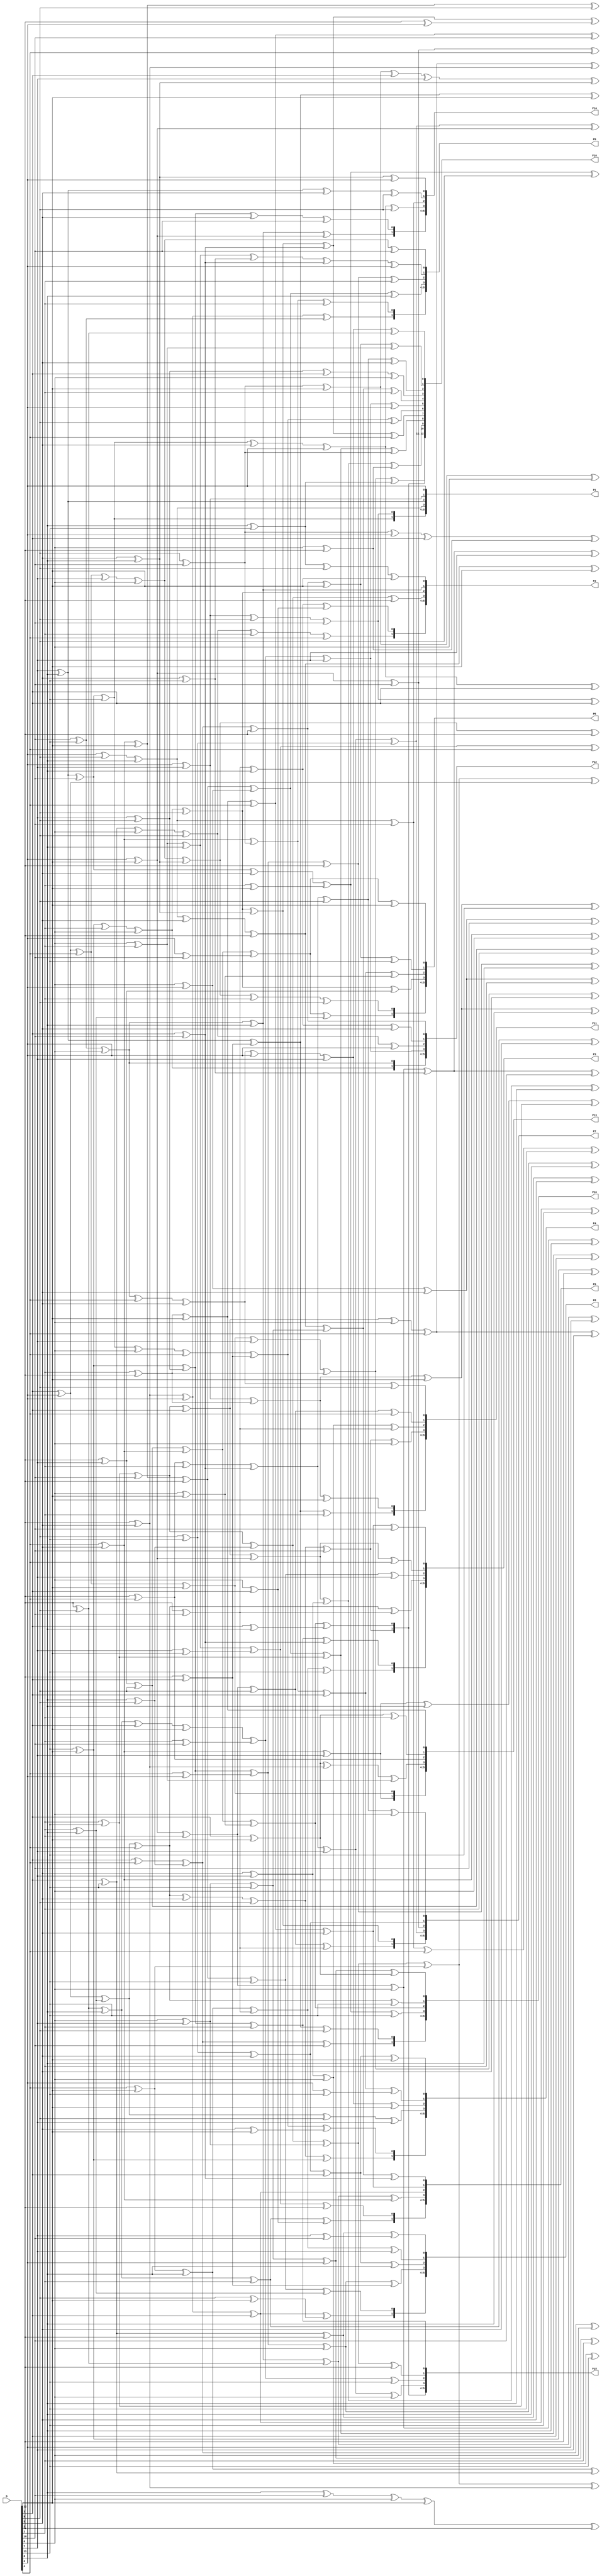
module multiplier_column7_p16(b,P1,P2,P3,P4,P5,P6,P7,P8,
                                P9,P10,P11,P12,P13,P14,P15,P16);

input [12:0]b;
output [12:0]P1,P2,P3,P4,P5,P6,P7,P8,P9,P10,P11,P12,P13,P14,P15,P16; 

//wire[415:0]P;

wire	[207:0]P;


wire BBM1,BBM2,BBM3,BBM4,BBM5,BBM6,BBM7,BBM8,BBM9,BBM10,
BBM11,BBM12,BBM13,BBM14,BBM15,BBM16,BBM17,BBM18,BBM19,BBM20,
BBM21,BBM22,BBM23,BBM24,BBM25,BBM26,BBM27,BBM28,BBM29,BBM30,
BBM31,BBM32,BBM33,BBM34,BBM35,BBM36,BBM37,BBM38,BBM39,BBM40,
BBM41,BBM42,BBM43,BBM44,BBM45,BBM46,BBM47,BBM48,BBM49,BBM50,
BBM51,BBM52,BBM53,BBM54,BBM55,BBM56,BBM57,BBM58,BBM59,BBM60,
BBM61,BBM62,BBM63,BBM64,BBM65,BBM66,BBM67,BBM68,BBM69,BBM70,
BBM71,BBM72,BBM73,BBM74,BBM75,BBM76,BBM77,BBM78,BBM79,BBM80,
BBM81,BBM82,BBM83,BBM84,BBM85,BBM86,BBM87,BBM88,BBM89,BBM90,
BBM91,BBM92,BBM93,BBM94,BBM95,BBM96,BBM97,BBM98,BBM99,BBM100,
BBM101,BBM102,BBM103,BBM104,BBM105,BBM106,BBM107,BBM108,BBM109,BBM110,
BBM111,BBM112,BBM113,BBM114,BBM115,BBM116,BBM117,BBM118,BBM119,BBM120,
BBM121,BBM122,BBM123,BBM124,BBM125,BBM126,BBM127,BBM128,BBM129,BBM130,
BBM131,BBM132,BBM133,BBM134,BBM135,BBM136,BBM137,BBM138,BBM139,BBM140,
BBM141,BBM142,BBM143,BBM144,BBM145,BBM146,BBM147,BBM148,BBM149,BBM150,
BBM151,BBM152,BBM153,BBM154,BBM155,BBM156,BBM157,BBM158,BBM159,BBM160,
BBM161,BBM162,BBM163,BBM164,BBM165,BBM166,BBM167,BBM168,BBM169,BBM170,
BBM171,BBM172,BBM173,BBM174,BBM175,BBM176,BBM177,BBM178,BBM179,BBM180,
BBM181,BBM182,BBM183,BBM184,BBM185,BBM186,BBM187,BBM188,BBM189,BBM190,
BBM191,BBM192,BBM193,BBM194,BBM195,BBM196,BBM197,BBM198,BBM199,BBM200,
BBM201,BBM202,BBM203,BBM204,BBM205,BBM206,BBM207,BBM208,BBM209,BBM210,
BBM211,BBM212,BBM213,BBM214,BBM215,BBM216,BBM217,BBM218,BBM219,BBM220,
BBM221,BBM222,BBM223,BBM224,BBM225,BBM226,BBM227,BBM228,BBM229,BBM230,
BBM231,BBM232;

assign BBM1=BBM17^BBM182;
assign BBM2=BBM16^BBM183;
assign BBM3=BBM32^BBM161;
assign BBM4=BBM24^b[1]^b[9];
assign BBM5=BBM33^BBM184;
assign BBM6=BBM30^BBM185;
assign BBM7=BBM25^BBM183;
assign BBM8=BBM29^BBM187;
assign BBM9=BBM20^BBM188;
assign BBM10=BBM33^b[12];
assign BBM11=BBM56^BBM189;
assign BBM12=BBM49^BBM174;
assign BBM13=BBM32^b[10];
assign BBM14=BBM31^b[7];
assign BBM15=BBM36^BBM190;
assign BBM16=BBM71^BBM146;
assign BBM17=BBM48^BBM173;
assign BBM19=BBM82^BBM183;
assign BBM20=BBM53^b[7];
assign BBM21=BBM58^b[0];
assign BBM22=BBM57^b[0];
assign BBM23=BBM62^BBM193;
assign BBM24=BBM85^BBM179;
assign BBM25=BBM59^BBM179;
assign BBM26=BBM63^BBM184;
assign BBM27=BBM86^BBM183;
assign BBM28=BBM58^b[2];
assign BBM29=BBM87^BBM165;
assign BBM30=BBM60^BBM194;
assign BBM31=BBM88^BBM195;
assign BBM32=BBM64^b[5]^b[9];
assign BBM33=BBM87^BBM197;
assign BBM34=BBM83^b[4];
assign BBM35=BBM68^b[10];
assign BBM36=BBM113^BBM170;
assign BBM37=BBM70^b[11];
assign BBM38=BBM92^b[5]^b[6];
assign BBM39=BBM114^BBM198;
assign BBM40=BBM94^BBM188;
assign BBM41=BBM80^b[12];
assign BBM42=BBM74^b[2];
assign BBM43=BBM102^BBM199;
assign BBM44=BBM113^b[0]^b[4];
assign BBM45=BBM105^BBM163;
assign BBM46=BBM95^BBM186;
assign BBM47=BBM85^b[10];
assign BBM48=BBM92^b[0]^b[4];
assign BBM49=BBM116^BBM202;
assign BBM50=BBM99^BBM162;
assign BBM51=BBM89^b[9];
assign BBM52=BBM98^BBM204;
assign BBM53=BBM89^b[6];
assign BBM54=BBM117^b[5]^b[10];
assign BBM55=BBM94^BBM170;
assign BBM56=BBM90^b[7];
assign BBM57=BBM90^b[9];
assign BBM58=BBM117^BBM206;
assign BBM59=BBM107^b[9];
assign BBM60=BBM127^BBM207;
assign BBM61=BBM135^BBM199;
assign BBM62=BBM109^b[7];
assign BBM63=BBM116^b[11];
assign BBM64=BBM120^b[4];
assign BBM65=BBM100^b[12];
assign BBM66=BBM121^b[3];
assign BBM67=BBM120^b[9];
assign BBM68=BBM112^b[5];
assign BBM69=BBM144^BBM208;
assign BBM70=BBM132^BBM163;
assign BBM71=BBM97^b[2];
assign BBM72=BBM121^b[1];
assign BBM73=BBM147^BBM209;
assign BBM74=BBM148^BBM210;
assign BBM75=BBM103^b[9];
assign BBM76=BBM104^b[10];
assign BBM77=BBM122^b[12];
assign BBM78=BBM122^b[0];
assign BBM79=BBM103^b[1];
assign BBM80=BBM104^b[2];
assign BBM82=BBM117^b[1];
assign BBM83=BBM106^b[1];
assign BBM84=BBM126^b[3]^b[7];
assign BBM85=BBM119^b[0];
assign BBM86=BBM148^BBM204;
assign BBM87=BBM130^BBM171;
assign BBM88=BBM124^b[12];
assign BBM89=BBM115^b[5];
assign BBM90=BBM149^BBM183;
assign BBM91=BBM140^b[10];
assign BBM92=BBM141^b[11];
assign BBM93=BBM142^b[12];
assign BBM94=BBM136^b[8];
assign BBM95=BBM147^b[3];
assign BBM96=BBM138^b[8];
assign BBM97=BBM125^b[5];
assign BBM98=BBM151^b[0];
assign BBM99=BBM146^b[6];
assign BBM100=BBM131^b[3];
assign BBM101=BBM152^b[3];
assign BBM102=BBM153^b[1];
assign BBM103=BBM160^BBM173;
assign BBM104=BBM176^BBM207;
assign BBM105=BBM151^b[9];
assign BBM106=BBM172^b[0]^b[9];
assign BBM107=BBM154^b[0];
assign BBM108=BBM162^BBM168;
assign BBM109=BBM155^b[12];
assign BBM110=BBM125^b[10];
assign BBM111=BBM150^b[12];
assign BBM112=BBM137^b[4];
assign BBM113=BBM127^b[3];
assign BBM114=BBM141^b[5];
assign BBM115=BBM136^b[4];
assign BBM116=BBM133^b[2];
assign BBM117=BBM161^BBM215;
assign BBM118=BBM154^b[9];
assign BBM119=BBM155^b[7];
assign BBM120=BBM167^BBM184;
assign BBM121=BBM171^BBM180;
assign BBM122=BBM159^BBM193;
assign BBM124=BBM153^b[3];
assign BBM125=BBM201^b[8];
assign BBM126=BBM180^b[12];
assign BBM127=BBM174^b[10];
assign BBM128=BBM170^b[10];
assign BBM129=BBM190^b[0];
assign BBM130=BBM166^b[9];
assign BBM131=BBM189^b[5];
assign BBM132=BBM185^b[8];
assign BBM133=BBM171^b[12];
assign BBM134=BBM202^b[5];
assign BBM135=BBM163^b[8];
assign BBM136=BBM209^b[0];
assign BBM137=BBM193^b[12];
assign BBM138=BBM171^b[7];
assign BBM139=BBM179^b[6];
assign BBM140=BBM159^b[9];
assign BBM141=BBM160^b[10];
assign BBM142=BBM181^b[9];
assign BBM143=BBM160^b[5];
assign BBM144=BBM172^b[2];
assign BBM145=BBM215^b[3];
assign BBM146=BBM194^b[11];
assign BBM147=BBM168^b[6];
assign BBM148=BBM178^b[8];
assign BBM149=BBM177^b[1];
assign BBM150=BBM217^b[0];
assign BBM151=BBM170^b[1];
assign BBM152=BBM180^b[6];
assign BBM153=BBM188^b[8];
assign BBM154=BBM161^b[1];
assign BBM155=BBM167^b[4];
assign BBM18=b[1]^b[3]^b[4]^b[5]^b[6]^b[8]^b[9]^b[10];
assign BBM81=b[3]^b[4]^b[5]^b[9]^b[10];
assign BBM123=b[2]^b[3]^b[7]^b[8];
assign BBM156=b[1]^b[10]^b[11];
assign BBM157=b[7]^b[8]^b[10];
assign BBM158=b[0]^b[10]^b[11];
assign BBM159=b[6]^b[7];
assign BBM160=b[7]^b[8];
assign BBM161=b[11]^b[12];
assign BBM162=b[3]^b[12];
assign BBM163=b[2]^b[10];
assign BBM164=b[6]^b[11];
assign BBM165=b[0]^b[12];
assign BBM166=b[2]^b[7];
assign BBM167=b[3]^b[6];
assign BBM168=b[2]^b[5];
assign BBM169=b[2]^b[6];
assign BBM170=b[6]^b[12];
assign BBM171=b[4]^b[5];
assign BBM172=b[3]^b[11];
assign BBM173=b[2]^b[3];
assign BBM174=b[1]^b[11];
assign BBM175=b[0]^b[2];
assign BBM176=b[3]^b[4];
assign BBM177=b[2]^b[4];
assign BBM178=b[0]^b[1];
assign BBM179=b[5]^b[8];
assign BBM180=b[9]^b[10];
assign BBM181=b[8]^b[11];
assign BBM182=b[5]^b[12];
assign BBM183=b[3]^b[10];
assign BBM184=b[1]^b[8];
assign BBM185=b[4]^b[12];
assign BBM186=b[9]^b[12];
assign BBM187=b[3]^b[8];
assign BBM188=b[2]^b[9];
assign BBM189=b[9]^b[11];
assign BBM190=b[5]^b[7];
assign BBM191=b[2]^b[3];
assign BBM192=b[1]^b[11];
assign BBM193=b[1]^b[2];
assign BBM194=b[0]^b[7];
assign BBM195=b[1]^b[10];
assign BBM196=b[4]^b[5];
assign BBM197=b[6]^b[10];
assign BBM198=b[1]^b[12];
assign BBM199=b[0]^b[3];
assign BBM200=b[2]^b[10];
assign BBM201=b[6]^b[9];
assign BBM202=b[0]^b[6];
assign BBM203=b[3]^b[12];
assign BBM204=b[5]^b[11];
assign BBM205=b[6]^b[11];
assign BBM206=b[4]^b[6];
assign BBM207=b[8]^b[9];
assign BBM208=b[7]^b[10];
assign BBM209=b[10]^b[11];
assign BBM210=b[7]^b[12];
assign BBM211=b[10]^b[12];
assign BBM212=b[3]^b[10];
assign BBM213=b[1]^b[8];
assign BBM214=b[4]^b[5];
assign BBM215=b[7]^b[9];
assign BBM216=b[9]^b[11];
assign BBM217=b[8]^b[10];
assign BBM218=b[5]^b[7];
assign BBM219=b[5]^b[8];
assign BBM220=b[3]^b[11];
assign BBM221=b[7]^b[9];
assign BBM222=b[6]^b[12];
assign BBM223=b[9]^b[10];
assign BBM224=b[2]^b[9];
assign BBM225=b[2]^b[10];
assign BBM226=b[4]^b[5];
assign BBM227=b[2]^b[3];
assign BBM228=b[1]^b[11];
assign BBM229=b[1]^b[8];
assign BBM230=b[5]^b[7];
assign BBM231=b[4]^b[5];
assign BBM232=b[6];
assign P[1]=BBM159;
assign P[2]=BBM160;
assign P[3]=BBM125;
assign P[4]=BBM91;
assign P[5]=BBM92;
assign P[6]=BBM93;
assign P[7]=BBM126^b[0];
assign P[8]=BBM127;
assign P[9]=BBM161^b[2];
assign P[10]=BBM162;
assign P[13]=BBM93;
assign P[14]=BBM94;
assign P[15]=BBM59;
assign P[16]=BBM60^b[2];
assign P[17]=BBM61;
assign P[18]=BBM34;
assign P[19]=BBM35;
assign P[20]=BBM95^b[11];
assign P[21]=BBM62;
assign P[22]=BBM96;
assign P[23]=BBM97;
assign P[24]=BBM91;
assign P[25]=BBM92;
assign P[26]=BBM35;
assign P[27]=BBM36^b[4];
assign P[28]=BBM63^b[7];
assign P[29]=BBM64^BBM163;
assign P[30]=BBM19;
assign P[31]=BBM37;
assign P[32]=BBM65;
assign P[33]=BBM128^b[4];
assign P[34]=BBM129^b[11];
assign P[35]=BBM98^b[8];
assign P[36]=BBM130^b[1];
assign P[37]=BBM61;
assign P[38]=BBM34;
assign P[39]=BBM65;
assign P[40]=BBM66^BBM164;
assign P[41]=BBM20^b[12];
assign P[42]=BBM67^b[7];
assign P[43]=BBM1;
assign P[44]=BBM3;
assign P[45]=BBM10;
assign P[46]=BBM38^b[3];
assign P[47]=BBM21^b[8];
assign P[48]=BBM39^b[9];
assign P[49]=BBM40^b[6];
assign P[50]=BBM19;
assign P[51]=BBM37;
assign P[52]=BBM10;
assign P[53]=BBM41^b[11];
assign P[54]=BBM66^BBM165;
assign P[55]=BBM59^BBM166;
assign P[56]=BBM4;
assign P[57]=BBM5;
assign P[58]=BBM2;
assign P[59]=BBM6^BBM167;
assign P[60]=BBM6^BBM168;
assign P[61]=BBM7^BBM169;
assign P[62]=BBM11^BBM170;
assign P[63]=BBM1;
assign P[64]=BBM3;
assign P[65]=BBM2;
assign P[66]=BBM68;
assign P[67]=BBM95;
assign P[68]=BBM40^BBM171;
assign P[69]=BBM42;
assign P[70]=BBM43;
assign P[71]=BBM22;
assign P[72]=BBM44^BBM168;
assign P[73]=BBM12^b[3];
assign P[74]=BBM23^b[5];
assign P[75]=BBM24^b[2];
assign P[76]=BBM4;
assign P[77]=BBM5;
assign P[78]=BBM22;
assign P[79]=BBM131;
assign P[80]=BBM128;
assign P[81]=BBM11;
assign P[82]=BBM25;
assign P[83]=BBM45;
assign P[84]=BBM69;
assign P[85]=BBM132^BBM172;
assign P[86]=BBM133^b[9];
assign P[87]=BBM134^b[10];
assign P[88]=BBM99^b[1];
assign P[89]=BBM42;
assign P[90]=BBM43;
assign P[91]=BBM69;
assign P[92]=BBM70^b[7];
assign P[93]=BBM100^b[8];
assign P[94]=BBM21^BBM173;
assign P[95]=BBM26;
assign P[96]=BBM46;
assign P[97]=BBM47;
assign P[98]=BBM96^BBM174;
assign P[99]=BBM71^b[12];
assign P[100]=BBM91^b[3];
assign P[101]=BBM48;
assign P[102]=BBM25;
assign P[103]=BBM45;
assign P[104]=BBM47;
assign P[105]=BBM27^b[6];
assign P[106]=BBM28^b[1];
assign P[107]=BBM49^b[8];
assign P[108]=BBM72;
assign P[109]=BBM73;
assign P[110]=BBM50;
assign P[111]=BBM74^b[4];
assign P[112]=BBM102^b[5];
assign P[113]=BBM101^BBM175;
assign P[114]=BBM44^b[7];
assign P[115]=BBM26;
assign P[116]=BBM46;
assign P[117]=BBM50;
assign P[118]=BBM64^b[11];
assign P[119]=BBM29;
assign P[120]=BBM39^b[11];
assign P[121]=BBM75;
assign P[122]=BBM76;
assign P[123]=BBM51;
assign P[124]=BBM52^b[10];
assign P[125]=BBM77^b[11];
assign P[126]=BBM103^b[12];
assign P[127]=BBM104^b[0];
assign P[128]=BBM72;
assign P[129]=BBM73;
assign P[130]=BBM51;
assign P[131]=BBM105^b[4];
assign P[132]=BBM129^BBM163;
assign P[133]=BBM13^b[0];
assign P[134]=BBM78;
assign P[135]=BBM79;
assign P[136]=BBM80;
assign P[137]=BBM66;
assign P[138]=BBM53;
assign P[139]=BBM52^b[7];
assign P[140]=BBM77^b[8];
assign P[141]=BBM75;
assign P[142]=BBM76;
assign P[143]=BBM80;
assign P[144]=BBM135^b[5];
assign P[145]=BBM106^b[6];
assign P[146]=BBM14;
assign P[147]=BBM136;
assign P[148]=BBM107;
assign P[149]=BBM137;
assign P[150]=BBM173;
assign P[151]=BBM176;
assign P[152]=BBM171^b[0];
assign P[153]=BBM134^b[1];
assign P[154]=BBM78;
assign P[155]=BBM79;
assign P[156]=BBM137;
assign P[157]=BBM162^b[1];
assign P[158]=BBM177;
assign P[159]=BBM108^BBM178;
assign P[160]=BBM109;
assign P[161]=BBM138;
assign P[162]=BBM139;
assign P[163]=BBM140;
assign P[164]=BBM141;
assign P[165]=BBM142;
assign P[166]=BBM126;
assign P[167]=BBM136;
assign P[168]=BBM107;
assign P[169]=BBM139;
assign P[170]=BBM143^b[9];
assign P[171]=BBM110;
assign P[172]=BBM38^b[9];
assign P[173]=BBM54;
assign P[174]=BBM55;
assign P[175]=BBM82;
assign P[176]=BBM111^b[2];
assign P[177]=BBM83;
assign P[178]=BBM112^b[10];
assign P[179]=BBM144^b[5];
assign P[180]=BBM109;
assign P[181]=BBM138;
assign P[182]=BBM82;
assign P[183]=BBM30^b[2];
assign P[184]=BBM31^b[11];
assign P[185]=BBM56^b[0];
assign P[186]=BBM8;
assign P[187]=BBM13;
assign P[188]=BBM9;
assign P[189]=BBM15^b[8];
assign P[190]=BBM28^b[8];
assign P[191]=BBM84^BBM179;
assign P[192]=BBM110^b[4]^b[11];
assign P[193]=BBM54;
assign P[194]=BBM55;
assign P[195]=BBM9;
assign P[196]=BBM41^BBM178;
assign P[197]=BBM57^b[5];
assign P[198]=BBM145^b[0];
assign P[199]=BBM16^b[1];
assign P[200]=BBM14^b[6];
assign P[201]=BBM17^b[9];
assign P[202]=BBM7^b[4];
assign P[203]=BBM12^BBM180;
assign P[204]=BBM15^BBM175;
assign P[205]=BBM23^BBM181;
assign P[206]=BBM8;
assign P[207]=BBM13;
assign P[0]=b[6];
assign P[11]=b[4];
assign P[12]=b[5];



assign P1[12:0]=P[12:0];
assign P2[12:0]=P[25:13];
assign P3[12:0]=P[38:26];
assign P4[12:0]=P[51:39];
assign P5[12:0]=P[64:52];
assign P6[12:0]=P[77:65];
assign P7[12:0]=P[90:78];
assign P8[12:0]=P[103:91];
assign P9[12:0]=P[116:104];
assign P10[12:0]=P[129:117];
assign P11[12:0]=P[142:130];
assign P12[12:0]=P[155:143];
assign P13[12:0]=P[168:156];
assign P14[12:0]=P[181:169];
assign P15[12:0]=P[194:182];
assign P16[12:0]=P[207:195];







endmodule